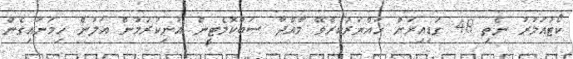
ކޯޓުއަމުރު ނެތި 48 ގަޑިއިރަށް ހައްޔަރުކުރެވޭ މާއްދާ ސަބްކޮމެޓީން އުނިކުރުމުން އަލުން ހިމަނައިގެން